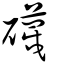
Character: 礣